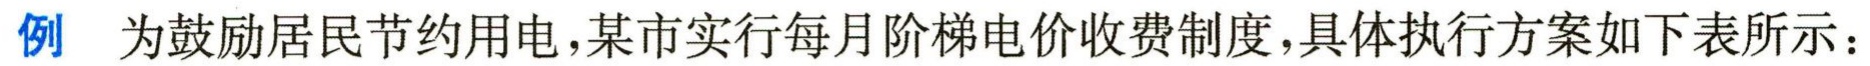
例 为鼓励居民节约用电，某市实行每月阶梯电价收费制度，具体执行方案如下表所示：